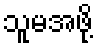
သူမအဖို့